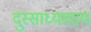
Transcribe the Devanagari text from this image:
दुस्साध्यादाय